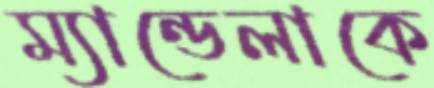
ম্যান্ডেলাকে